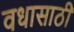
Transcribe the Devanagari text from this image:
वधासाठी